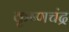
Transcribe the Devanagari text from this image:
कृष्‍णचंद्र